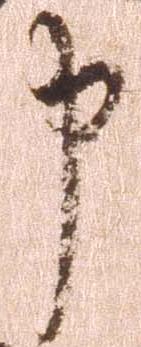
申